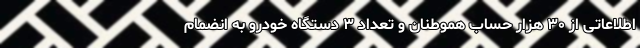
اطلاعاتی از ۳۰ هزار حساب هموطنان و تعداد ۳ دستگاه خودرو به انضمام